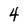
Character: 4